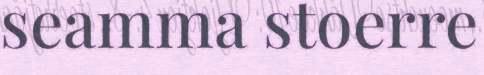
seamma stoerre